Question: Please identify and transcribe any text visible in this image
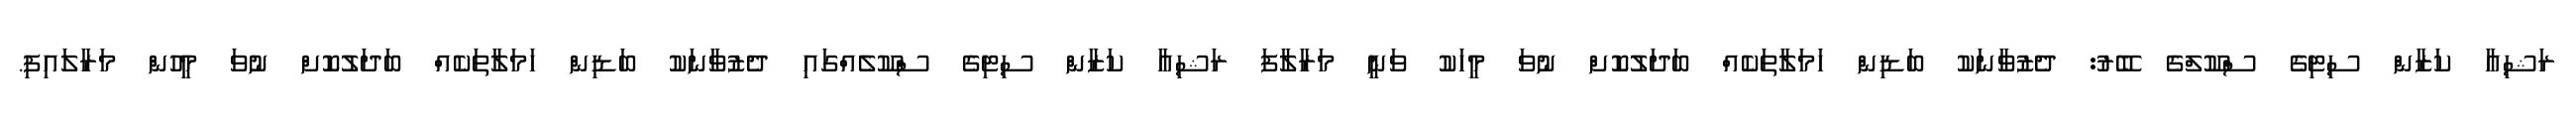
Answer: ރަޝިއާ ކަޒާން ސިޓިގެ ސްކޫލްގެ ބޭރު: ދެޒުވާނަކު ބަޑިން ހަމަލާތަކެއް ބަދަލުކޮށް ނުވަ މީހަކު ވަނީ މަރާލާފަ ރަޝިއާ ކަޒާން ސިޓިގެ ސްކޫލެއްގައި ދެޒުވާނަކު ބަޑިން ހަމަލާތަކެއް ބަދަލުކޮށް ނުވަ މީހުން މަރާލައިފި.